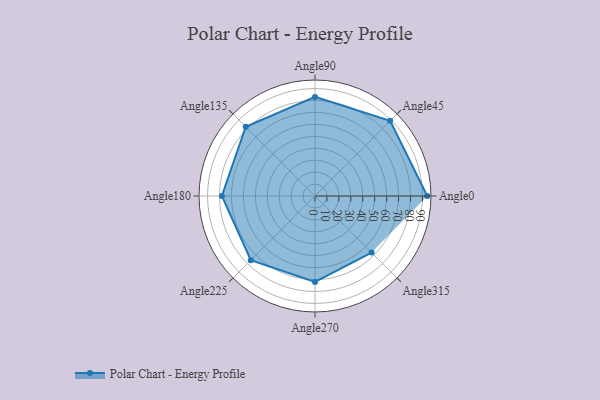
{"axis": {"x": "Angle", "y": "Radius"}, "legend": [""], "data": [{"x": "Angle0", "y": 94.0, "type": ""}, {"x": "Angle45", "y": 89.0, "type": ""}, {"x": "Angle90", "y": 83.0, "type": ""}, {"x": "Angle135", "y": 82.0, "type": ""}, {"x": "Angle180", "y": 78.0, "type": ""}, {"x": "Angle225", "y": 76.0, "type": ""}, {"x": "Angle270", "y": 72.0, "type": ""}, {"x": "Angle315", "y": 67.0, "type": ""}]}